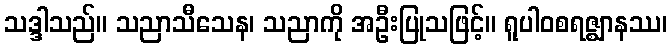
သဒ္ဒါသည်။ သညာသီသေန၊ သညာကို အဦးပြုသဖြင့်။ ရူပါဝစရဇ္ဈာနဿ၊